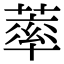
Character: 䔞